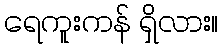
ရေကူးကန် ရှိလား။